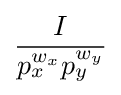
I \over p_{x}^{w_{x}}p_{y}^{w_{y}}